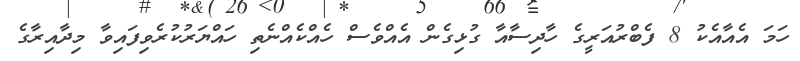
ހަމަ އެއާއެކު 8 ފެބްރުއަރީގެ ހާދިސާއާ ގުޅިގެން އެއްވެސް ހެއްކެއްނެތި ހައްޔަރުކުރެވިފައިވާ މިދާއިރާގެ